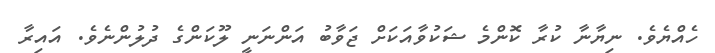
ހެއްޔެވެ. ނިޔާނާ ކުރާ ކޮންމެ ޝަކުވާއަކަށް ޖަވާބު އަންނަނީ ލޫކަންގެ ދުލުންނެވެ. އައިރާ